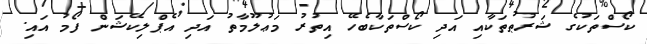
ކޯސްތަކުގެ ޝަރުޠުތަކާއި އަދި ކޯސްތަކާބެހޭ އިތުރު މަޢުލޫމާތު އަދި އެޕްލިކޭޝަން ފޯމު އައި.